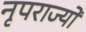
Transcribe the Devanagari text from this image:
नृपराज्यों